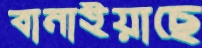
বানাইয়াছে